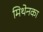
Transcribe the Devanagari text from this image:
मिथेनका